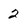
Character: 2